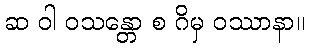
ဆ ဝါ ဝသန္တော စ ဂိမှ ဝဿာနာ။